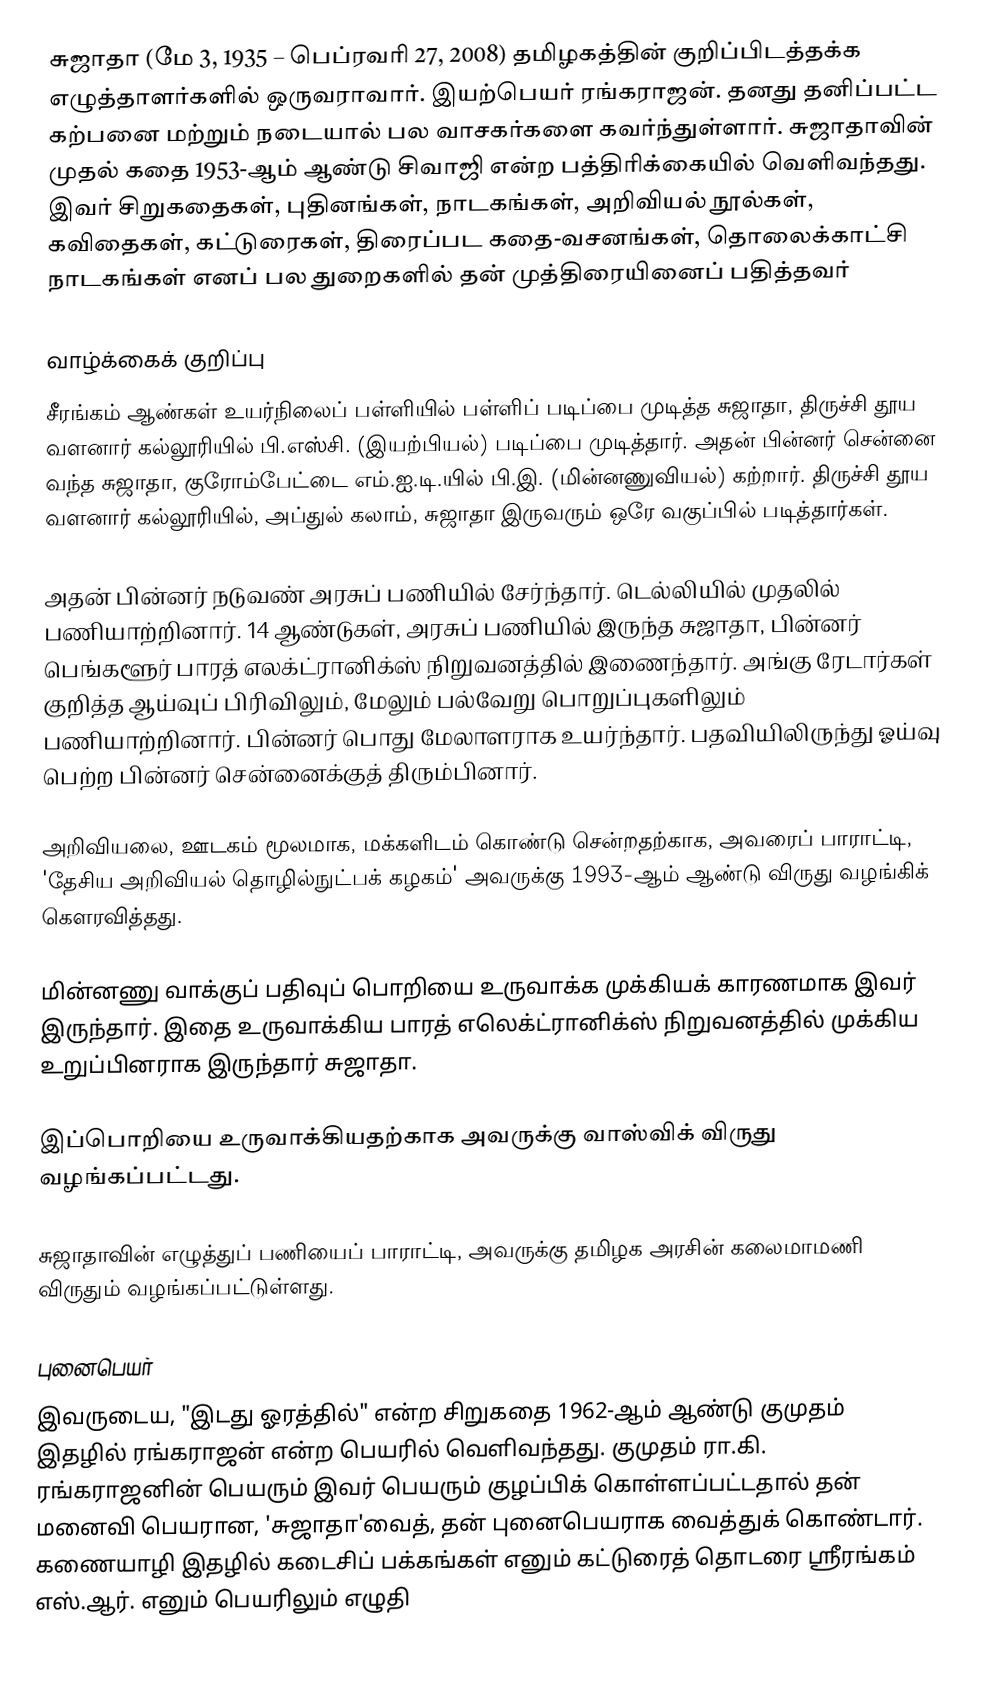
சுஜாதா (மே 3, 1935 – பெப்ரவரி 27, 2008) தமிழகத்தின் குறிப்பிடத்தக்க எழுத்தாளர்களில் ஒருவராவார். இயற்பெயர் ரங்கராஜன். தனது தனிப்பட்ட கற்பனை மற்றும் நடையால் பல வாசகர்களை கவர்ந்துள்ளார். சுஜாதாவின் முதல் கதை 1953-ஆம் ஆண்டு சிவாஜி என்ற பத்திரிக்கையில் வெளிவந்தது. இவர் சிறுகதைகள், புதினங்கள், நாடகங்கள், அறிவியல் நூல்கள், கவிதைகள், கட்டுரைகள், திரைப்பட கதை-வசனங்கள், தொலைக்காட்சி நாடகங்கள் எனப் பல துறைகளில் தன் முத்திரையினைப் பதித்தவர்

வாழ்க்கைக் குறிப்பு
சீரங்கம் ஆண்கள் உயர்நிலைப் பள்ளியில் பள்ளிப் படிப்பை முடித்த சுஜாதா, திருச்சி தூய வளனார் கல்லூரியில் பி.எஸ்சி. (இயற்பியல்) படிப்பை முடித்தார். அதன் பின்னர் சென்னை வந்த சுஜாதா, குரோம்பேட்டை எம்.ஐ.டி.யில் பி.இ. (மின்னணுவியல்) கற்றார். திருச்சி தூய வளனார் கல்லூரியில், அப்துல் கலாம், சுஜாதா இருவரும் ஒரே வகுப்பில் படித்தார்கள்.

அதன் பின்னர் நடுவண் அரசுப் பணியில் சேர்ந்தார். டெல்லியில் முதலில் பணியாற்றினார். 14 ஆண்டுகள், அரசுப் பணியில் இருந்த சுஜாதா, பின்னர் பெங்களூர் பாரத் எலக்ட்ரானிக்ஸ் நிறுவனத்தில் இணைந்தார். அங்கு ரேடார்கள் குறித்த ஆய்வுப் பிரிவிலும், மேலும் பல்வேறு பொறுப்புகளிலும் பணியாற்றினார். பின்னர் பொது மேலாளராக உயர்ந்தார். பதவியிலிருந்து ஓய்வு பெற்ற பின்னர் சென்னைக்குத் திரும்பினார்.

அறிவியலை, ஊடகம் மூலமாக, மக்களிடம் கொண்டு சென்றதற்காக, அவரைப் பாராட்டி, 'தேசிய அறிவியல் தொழில்நுட்பக் கழகம்' அவருக்கு 1993-ஆம் ஆண்டு விருது வழங்கிக் கெளரவித்தது.

மின்னணு வாக்குப் பதிவுப் பொறியை உருவாக்க முக்கியக் காரணமாக இவர் இருந்தார். இதை உருவாக்கிய பாரத் எலெக்ட்ரானிக்ஸ் நிறுவனத்தில் முக்கிய உறுப்பினராக இருந்தார் சுஜாதா.

இப்பொறியை உருவாக்கியதற்காக அவருக்கு வாஸ்விக் விருது வழங்கப்பட்டது.

சுஜாதாவின் எழுத்துப் பணியைப் பாராட்டி, அவருக்கு தமிழக அரசின் கலைமாமணி விருதும் வழங்கப்பட்டுள்ளது.

புனைபெயர்
இவருடைய, "இடது ஓரத்தில்" என்ற சிறுகதை 1962-ஆம் ஆண்டு  குமுதம் இதழில் ரங்கராஜன் என்ற பெயரில் வெளிவந்தது. குமுதம் ரா.கி. ரங்கராஜனின் பெயரும் இவர் பெயரும் குழப்பிக் கொள்ளப்பட்டதால் தன் மனைவி பெயரான, 'சுஜாதா'வைத், தன் புனைபெயராக வைத்துக் கொண்டார். கணையாழி இதழில் கடைசிப் பக்கங்கள் எனும் கட்டுரைத் தொடரை ஸ்ரீரங்கம் எஸ்.ஆர். எனும் பெயரிலும் எழுதி